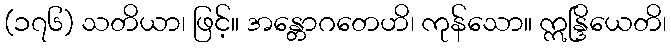
(၁၇၆) သတိယာ၊ ဖြင့်။ အန္တောဂတေဟိ၊ ကုန်သော။ ဣန္ဒြိယေတိ၊